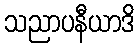
သညာပနီယာဒိ